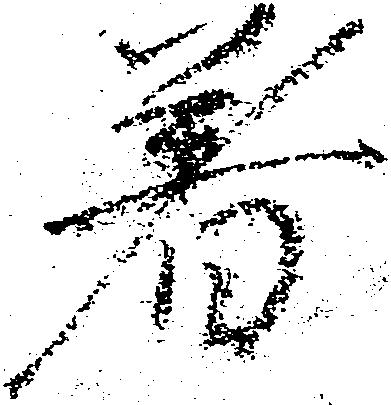
着